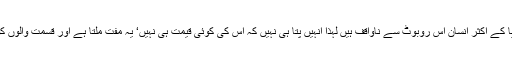
چونکہ دنیا کے اکثر انسان اِس روبوٹ سے ناواقف ہیں لہذا اُنہیں پتا ہی نہیں کہ اس کی کوئی قیمت ہی نہیں‘ یہ مفت ملتا ہے اور قسمت والوں کو ملتا ہے۔